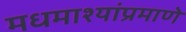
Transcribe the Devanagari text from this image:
मधमाश्यांप्रमाणे